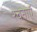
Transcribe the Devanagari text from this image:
रचनाऍ